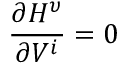
\frac { \partial H ^ { \upsilon } } { \partial V ^ { i } } = 0